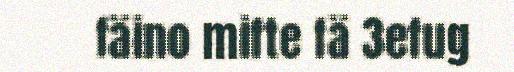
fäino mifte fä 3efug